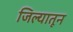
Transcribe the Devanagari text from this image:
जिल्यातून